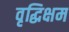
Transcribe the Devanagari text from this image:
वृद्धिक्षम